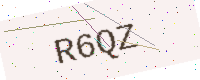
Text: R6QZ